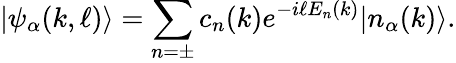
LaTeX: |\psi_{\alpha}(k,\ell)\rangle=\sum_{n=\pm}c_{n}(k)e^{-i\ell E_{n}(k)}|n_{\alpha}(k)\rangle.